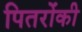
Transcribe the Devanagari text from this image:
पितरोंकी